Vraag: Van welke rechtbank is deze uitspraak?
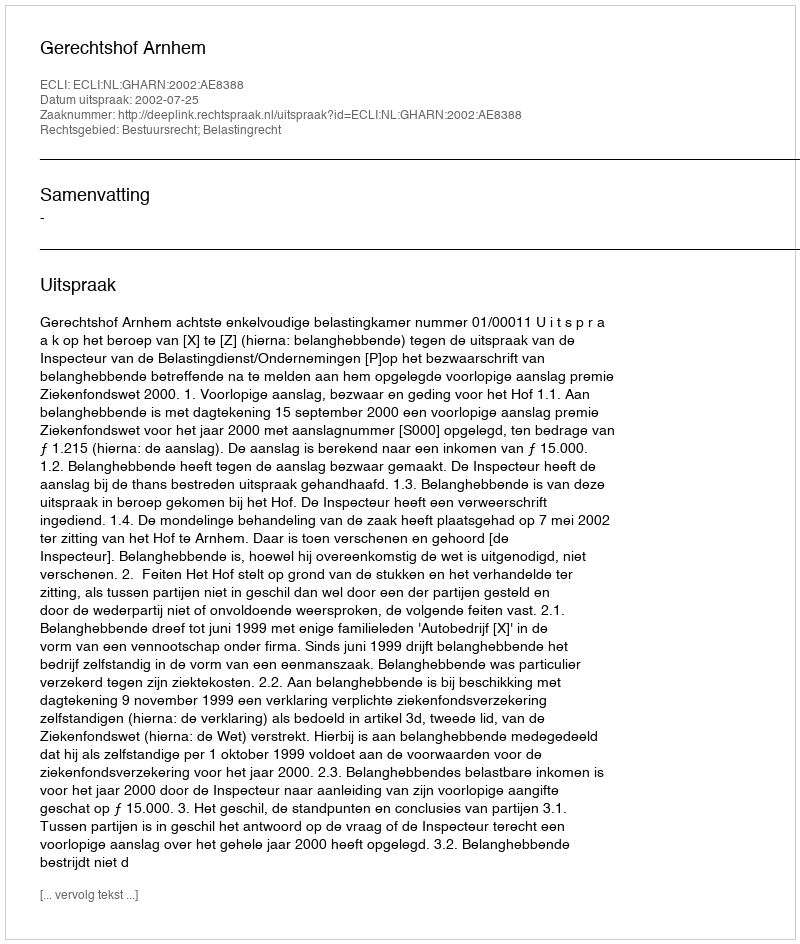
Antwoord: Gerechtshof Arnhem